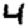
Digit: 4